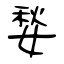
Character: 媝